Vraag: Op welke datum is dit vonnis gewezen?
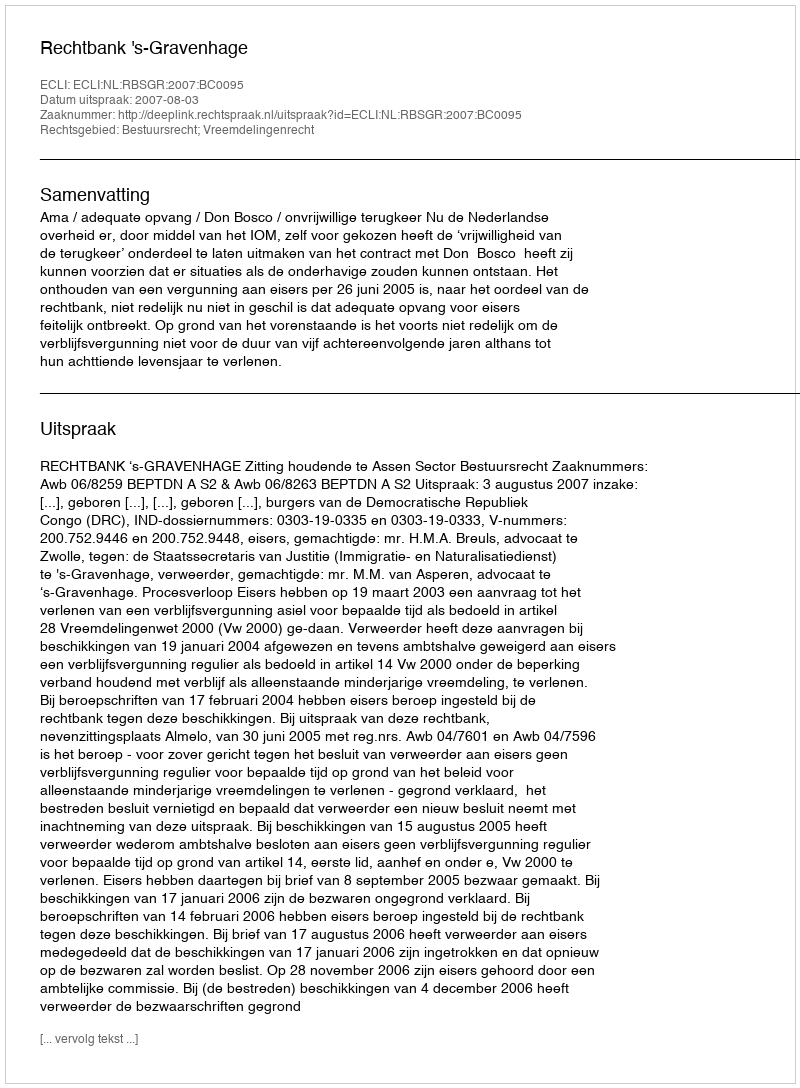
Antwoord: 2007-08-03